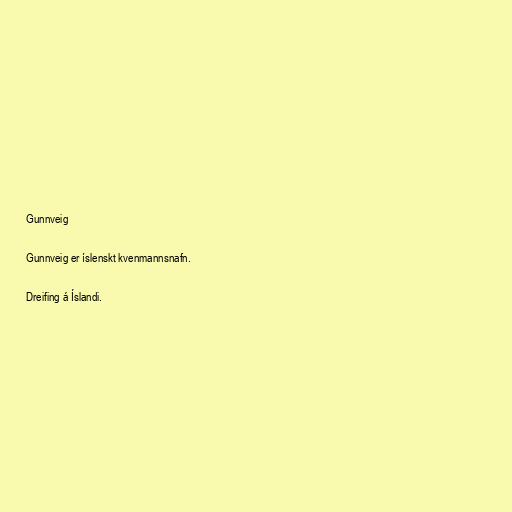
Gunnveig

Gunnveig er íslenskt kvenmannsnafn.

Dreifing á Íslandi.